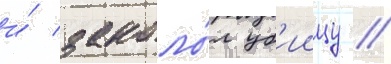
и́ заколо́л уб'иицу //